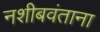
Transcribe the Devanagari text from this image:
नशीबवंताना